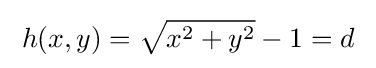
\;h(x,y)={\sqrt {x^{2}+y^{2}}}-1=d\;